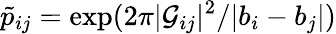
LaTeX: {\tilde{p}}_{ij}=\exp(2\pi|{\cal G}_{ij}|^{2}/|b_{i}-b_{j}|)